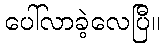
ပေါ်လာခဲ့လေပြီ။